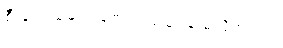
စီးနင်းသူများ စောင့်ကြည့်ရန် မလိုအပ်ပါ။